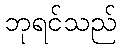
ဘုရင်သည်